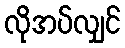
လိုအပ်လျှင်